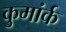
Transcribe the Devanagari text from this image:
कुमांर्क